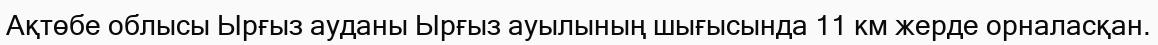
Ақтөбе облысы Ырғыз ауданы Ырғыз ауылының шығысында 11 км жерде орналасқан.